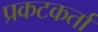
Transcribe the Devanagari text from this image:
प्रकटकर्ता